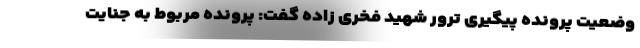
وضعیت پرونده پیگیری ترور شهید فخری زاده گفت: پرونده مربوط به جنایت